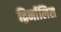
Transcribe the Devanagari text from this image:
द्विर्नालिस